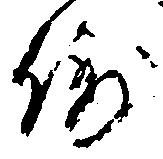
例